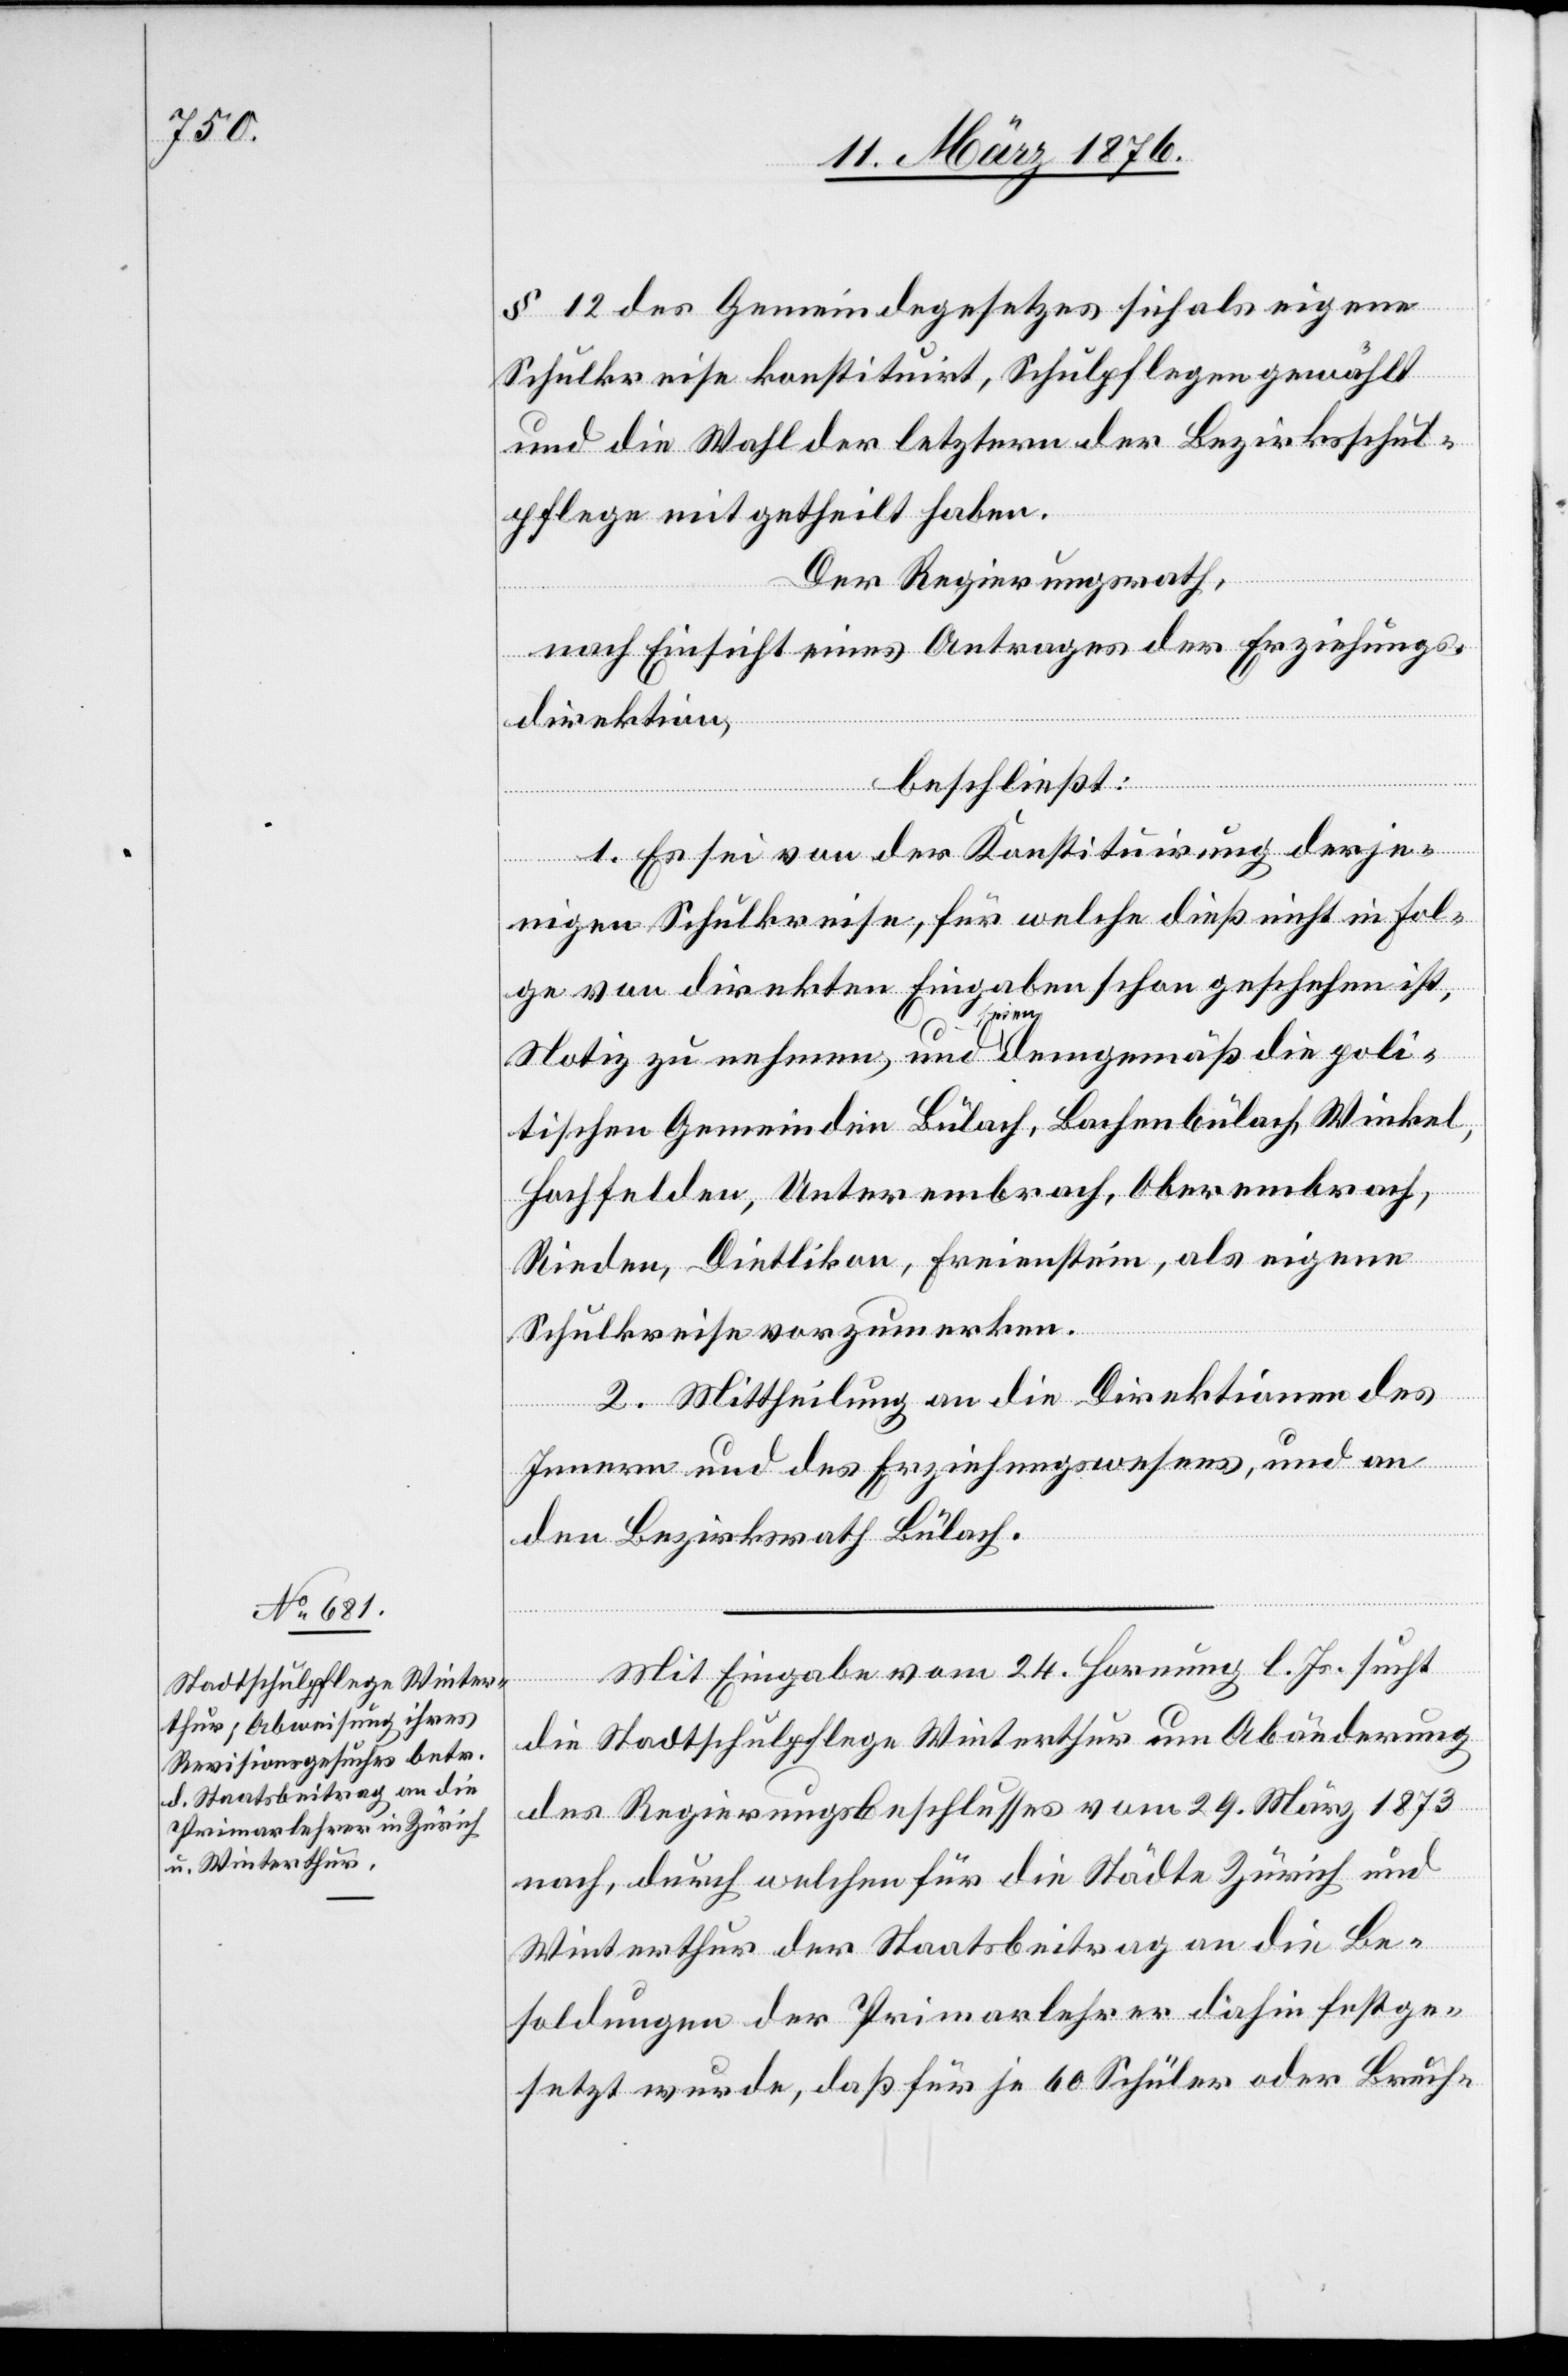
§ 12 des Gemeindegesetzes sich als eigene
Schulkreise konstituirt, Schulpflegen gewählt
und die Wahl der letztern der Bezirksschul¬
pflege mitgetheilt haben.
Der Regierungsrath,
nach Einsicht eines Antrages der Erziehungs¬
direktion,
beschließt:
1. Es sei von der Konstituirung derje¬
nigen Schulkreise, für welche dieß nicht in Fol¬
ge von direkten Eingaben schon geschehen ist,
Notiz zu nehmen, und seien demgemäß die poli¬
tischen Gemeinden Bülach, Bachenbülach, Winkel,
Hochfelden, Unterembrach, Oberembrach,
Rieden, Dietlikon, Freienstein, als eigene
Schulkreise vorzumerken.
2. Mittheilung an die Direktionen des
Innern und des Erziehungswesens, und an
den Bezirksrath Bülach.
Mit Eingabe vom 24. Hornung l. Js. sucht
die Stadtschulpflege Winterthur um Abänderung
des Regierungsbeschlusses vom 29. März 1873
nach, durch welchen für die Städte Zürich und
Winterthur der Staatsbeitrag an die Be¬
soldungen der Primarlehrer dahin festge¬
setzt wurde, daß für je 60 Schüler oder Bruch-